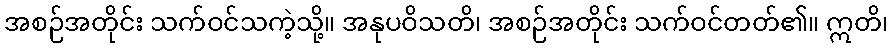
အစဉ်အတိုင်း သက်ဝင်သကဲ့သို့။ အနုပဝိသတိ၊ အစဉ်အတိုင်း သက်ဝင်တတ်၏။ ဣတိ၊